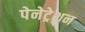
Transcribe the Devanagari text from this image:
पेनेट्रेशन